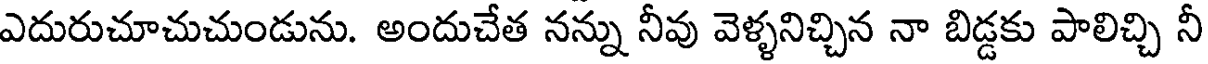
ఎదురుచూచుచుండును. అందుచేత నన్ను నీవు వెళ్ళనిచ్చిన నా బిడ్డకు పాలిచ్చి నీ